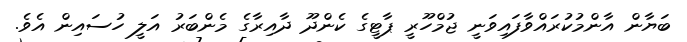
ބަޔާން އާންމުކުރައްވާފައިވަނީ ޖުމްހޫރީ ޕާޓީގެ ކެންދޫ ދާއިރާގެ މެންބަރު އަލީ ހުސައިން އެވެ.